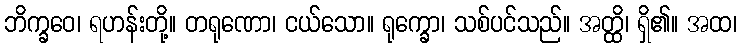
ဘိက္ခဝေ၊ ရဟန်းတို့။ တရုဏော၊ ငယ်သော။ ရုက္ခော၊ သစ်ပင်သည်။ အတ္ထိ၊ ရှိ၏။ အထ၊